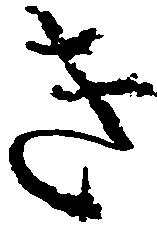
き